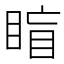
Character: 𥇋